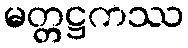
မတ္တဋ္ဌကဿ